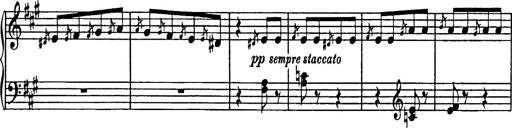
Title: Mephisto Polka
Composer: Franz Liszt